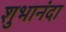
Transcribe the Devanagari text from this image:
शुभानंदा